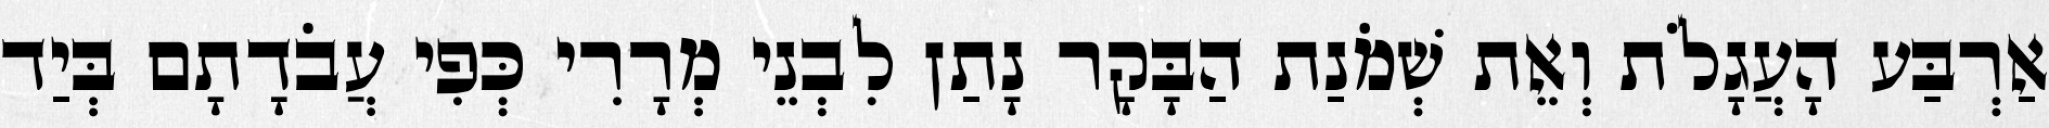
אַרְבַּע הָעֲגָלֹת וְאֵת שְׁמֹנַת הַבָּקָר נָתַן לִבְנֵי מְרָרִי כְּפִי עֲבֹדָתָם בְּיַד